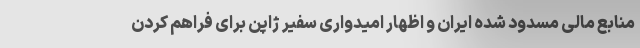
منابع مالی مسدود شده ایران و اظهار امیدواری سفیر ژاپن برای فراهم کردن